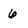
Character: 6